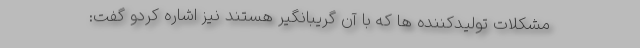
مشکلات تولیدکننده ها که با آن گریبانگیر هستند نیز اشاره کردو گفت: